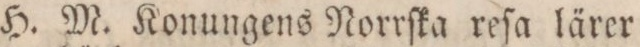
H. M. Konungens Norrſka reſa lärer